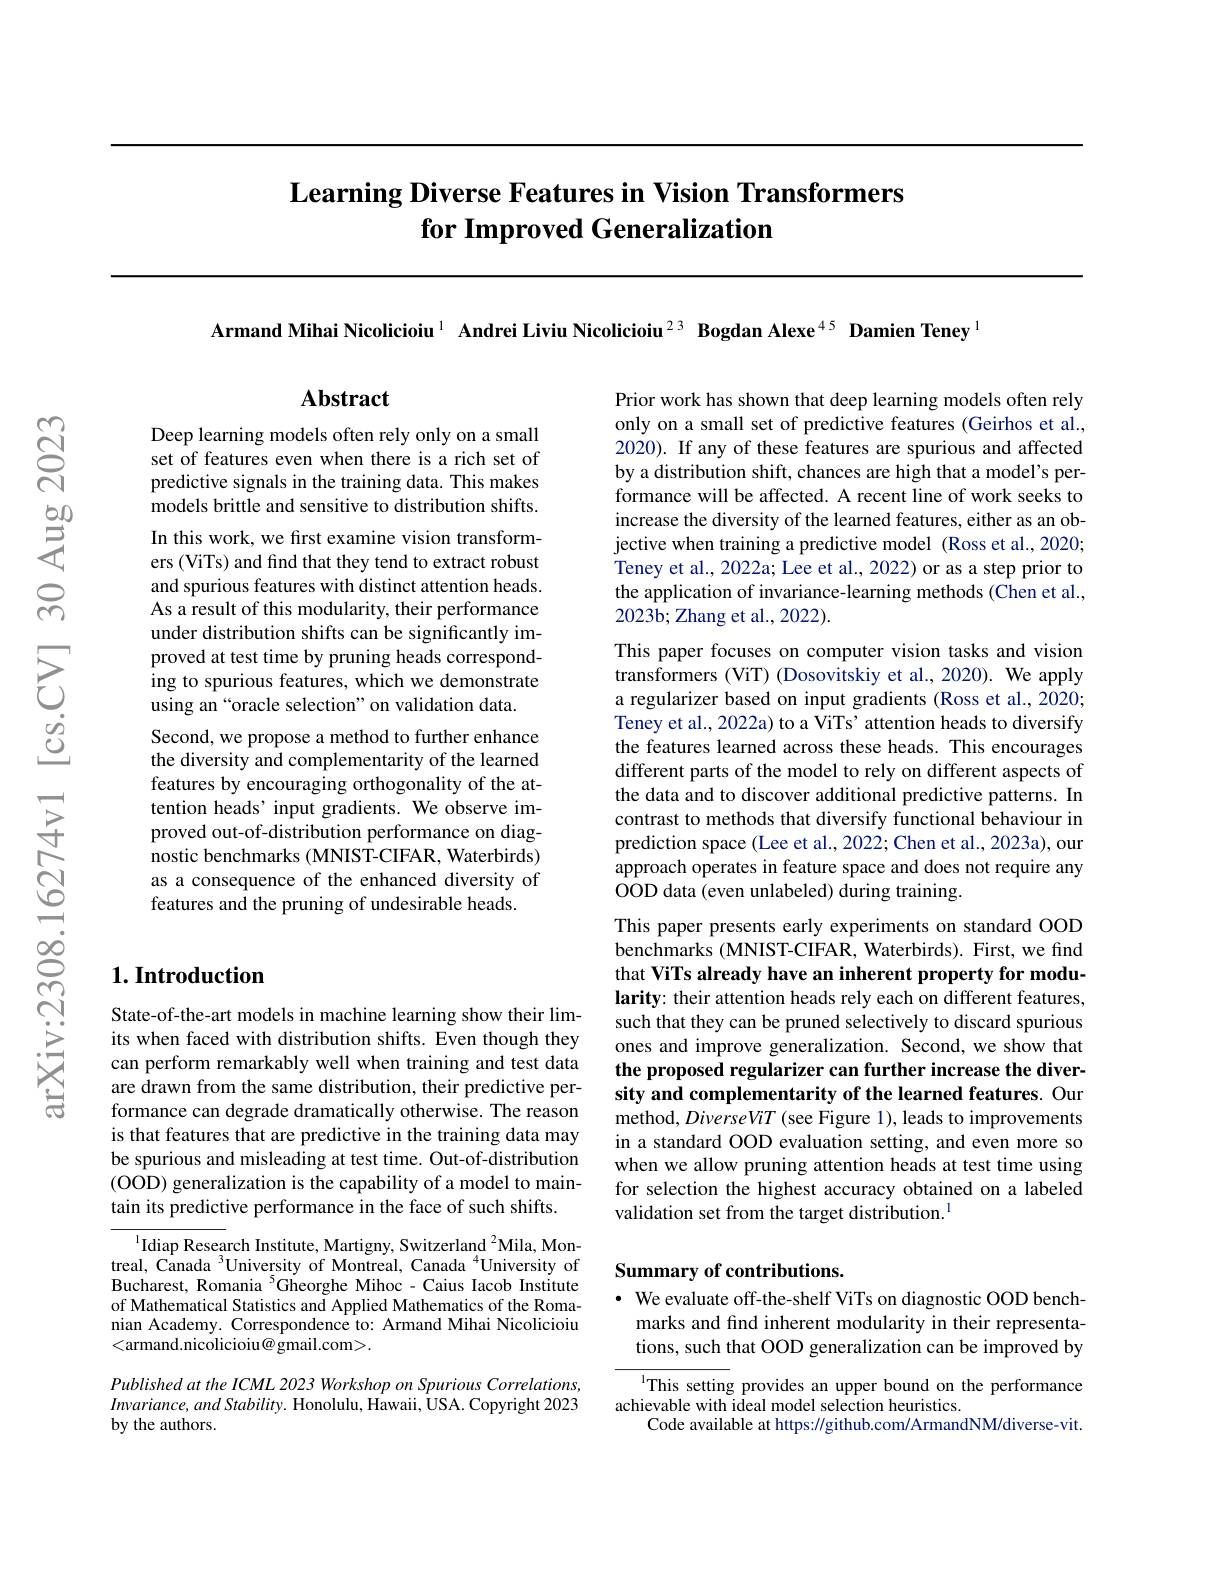
# $\textbf{Learning Diverse Features in Vision Transformers}$ for Improved Generalization

Armand Mihai Nicolicioiu$^{1}$ Andrei Liviu Nicolicioiu$^{23}$ Bogdan Alexe$^{45}$ Damien Teney$^{1}$

## Abstract

Deep learning models often rely only o set of features even when there is a rich set of predictive signals in the training data. This makes models brittle and sensitive to distribution shifts.

In this work, we first examine vision transformers (ViTs) and find that they tend to extract robust and spurious features with distinct attention heads. As a result of this modularity, their performance under distribution shifts can be significantly improved at test time by pruning heads c ing to spurious features, which we dem using an“oracle selection”on validation data.
Second, we propose a method to further enhance the diversity and complementarity of the learned features by encouraging orthogonality of the attention heads’ input gradients. We observe improved out-of-distribution performance on diagnostic benchmarks (MNIST-CIFAR, Waterbirds) as a consequence of the enhanced diversity of features and the pruning of undesirable heads.

Prior work has shown that deep learnin only on a small set of predictive features (Geirhos et al., 2020). If any of these features are spurious and affected by a distribution shift, chances are h formance will be affected. A recent line of work seeks to increase the diversity of the learned features, either as an objective when training a predictive model (Ross et al., 2020; Teney et al., 2022a; Lee et al., 2022) or as a step prior to the application of invariance-learning methods (Chen et al., 2023b; Zhang et al., 2022).
This paper focuses on computer vision tasks and vision transformers (ViT) (Dosovitskiy et al. a regularizer based on input gradients (Ross et al., 2020; Teney et al., 2022a) to a ViTs' attention heads to diversify the features learned across these heads. This encourages different parts of the model to rely on different aspects of the data and to discover additional pr contrast to methods that diversify functional behaviour in prediction space (Lee et al., 2022; Chen et al., 2023a), our approach operates in feature space and does not require any OOD data (even unlabeled) during training.
This paper presents early experiments benchmarks (MNIST-CIFAR, Waterbirds). First, we find that ViTs already have an inherent pro larity: their attention heads rely each on different features, such that they can be pruned selectively to discard spurious ones and improve generalization. Second, we show that the proposed regularizer can further increase the diversity and complementarity of the learned features. Our method, DiverseViT (see Figure 1), leads to improvements in a standard OOD evaluation setting, and even more so when we allow pruning attention heads at test time using for selection the highest accuracy obtained on a labeled validation set from the target distribution.$^{1}$

## 1. Introduction

State-of-the-art models in machine learning show their limits when faced with distribution shifts. Even though they can perform remarkably well when training and test data are drawn from the same distribution, their predictive performance can degrade dramatically otherwise. The reason is that features that are predictive in the training data may be spurious and misleading at test tim (OOD) generalization is the capability of a model to maintain its predictive performance in the face of such shifts.

# Summary of contributions.

$^{1}$Idiap Research Institute, Martigny, Switzerland $^2$Mila, Montreal, Canada $^{3}$University of Mont Bucharest, Romania $^{5}$Gheorghe Mihoc- Caius Iacob Institute of Mathematical Statistics and Applied Mathematics of the Romanian Academy. Correspondence to: Armand Mihai Nicolicioiu <armand.nicolicioiu@gmail.com>.

· We evaluate off-the-shelf ViTs on diagnostic OOD bench-
marks and find inherent modularity in their representations, such that OOD generalization ca

This setting provides an upper bound on the performance
achievable with ideal model selection heuristics.
Code available at https://github.com/ArmandNM/diverse-vit.

Published at the ICML 2023 Workshop on Spurious Correlations, $Invariance, and\textit{Stability. Honolulu, }$ by the authors.